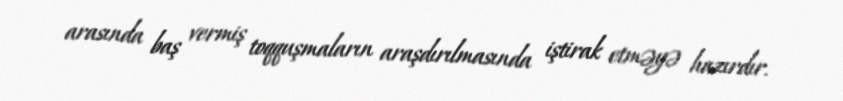
arasında baş vermiş toqquşmaların araşdırılmasında iştirak etməyə hazırdır.